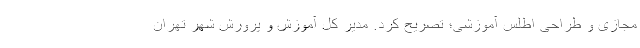
مجازی و طراحی اطلس آموزشی؛ تصریح کرد. مدیر کل آموزش و پرورش شهر تهران